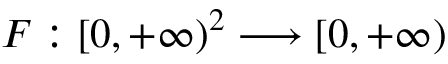
F : [ 0 , + \infty ) ^ { 2 } \longrightarrow [ 0 , + \infty )